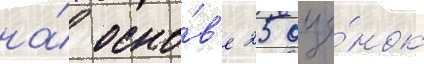
на́ осно́в'е 25 оце́нок